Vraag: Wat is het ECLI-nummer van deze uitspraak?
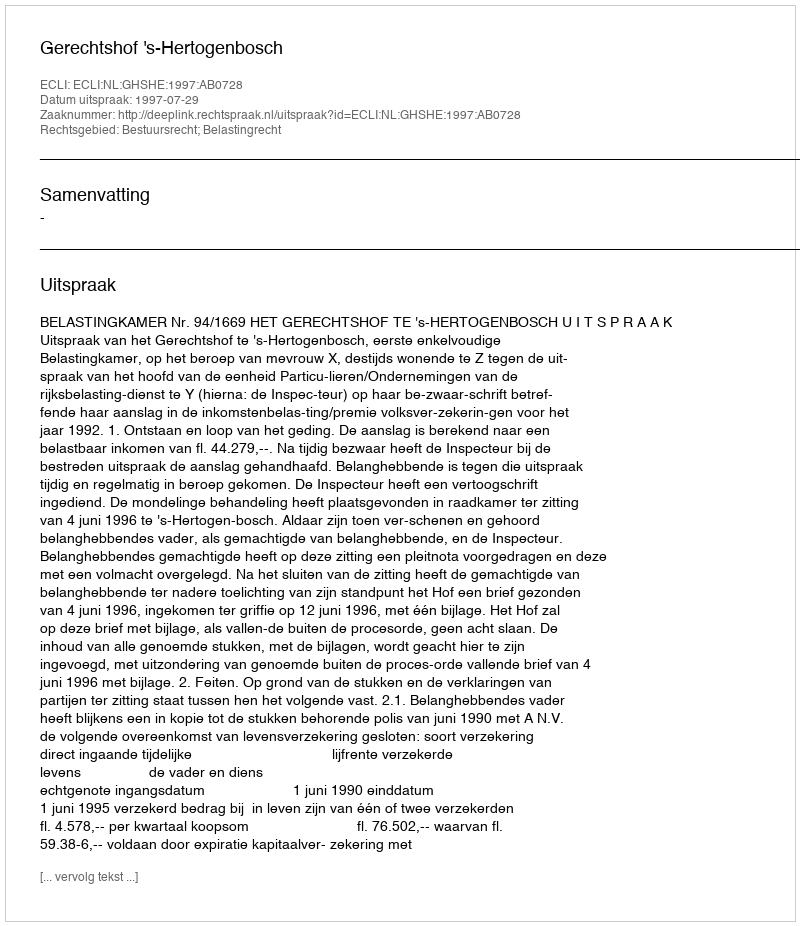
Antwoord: ECLI:NL:GHSHE:1997:AB0728